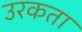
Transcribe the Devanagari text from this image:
उरकता